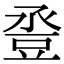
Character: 𧯢